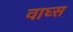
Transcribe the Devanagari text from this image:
वाघ्स